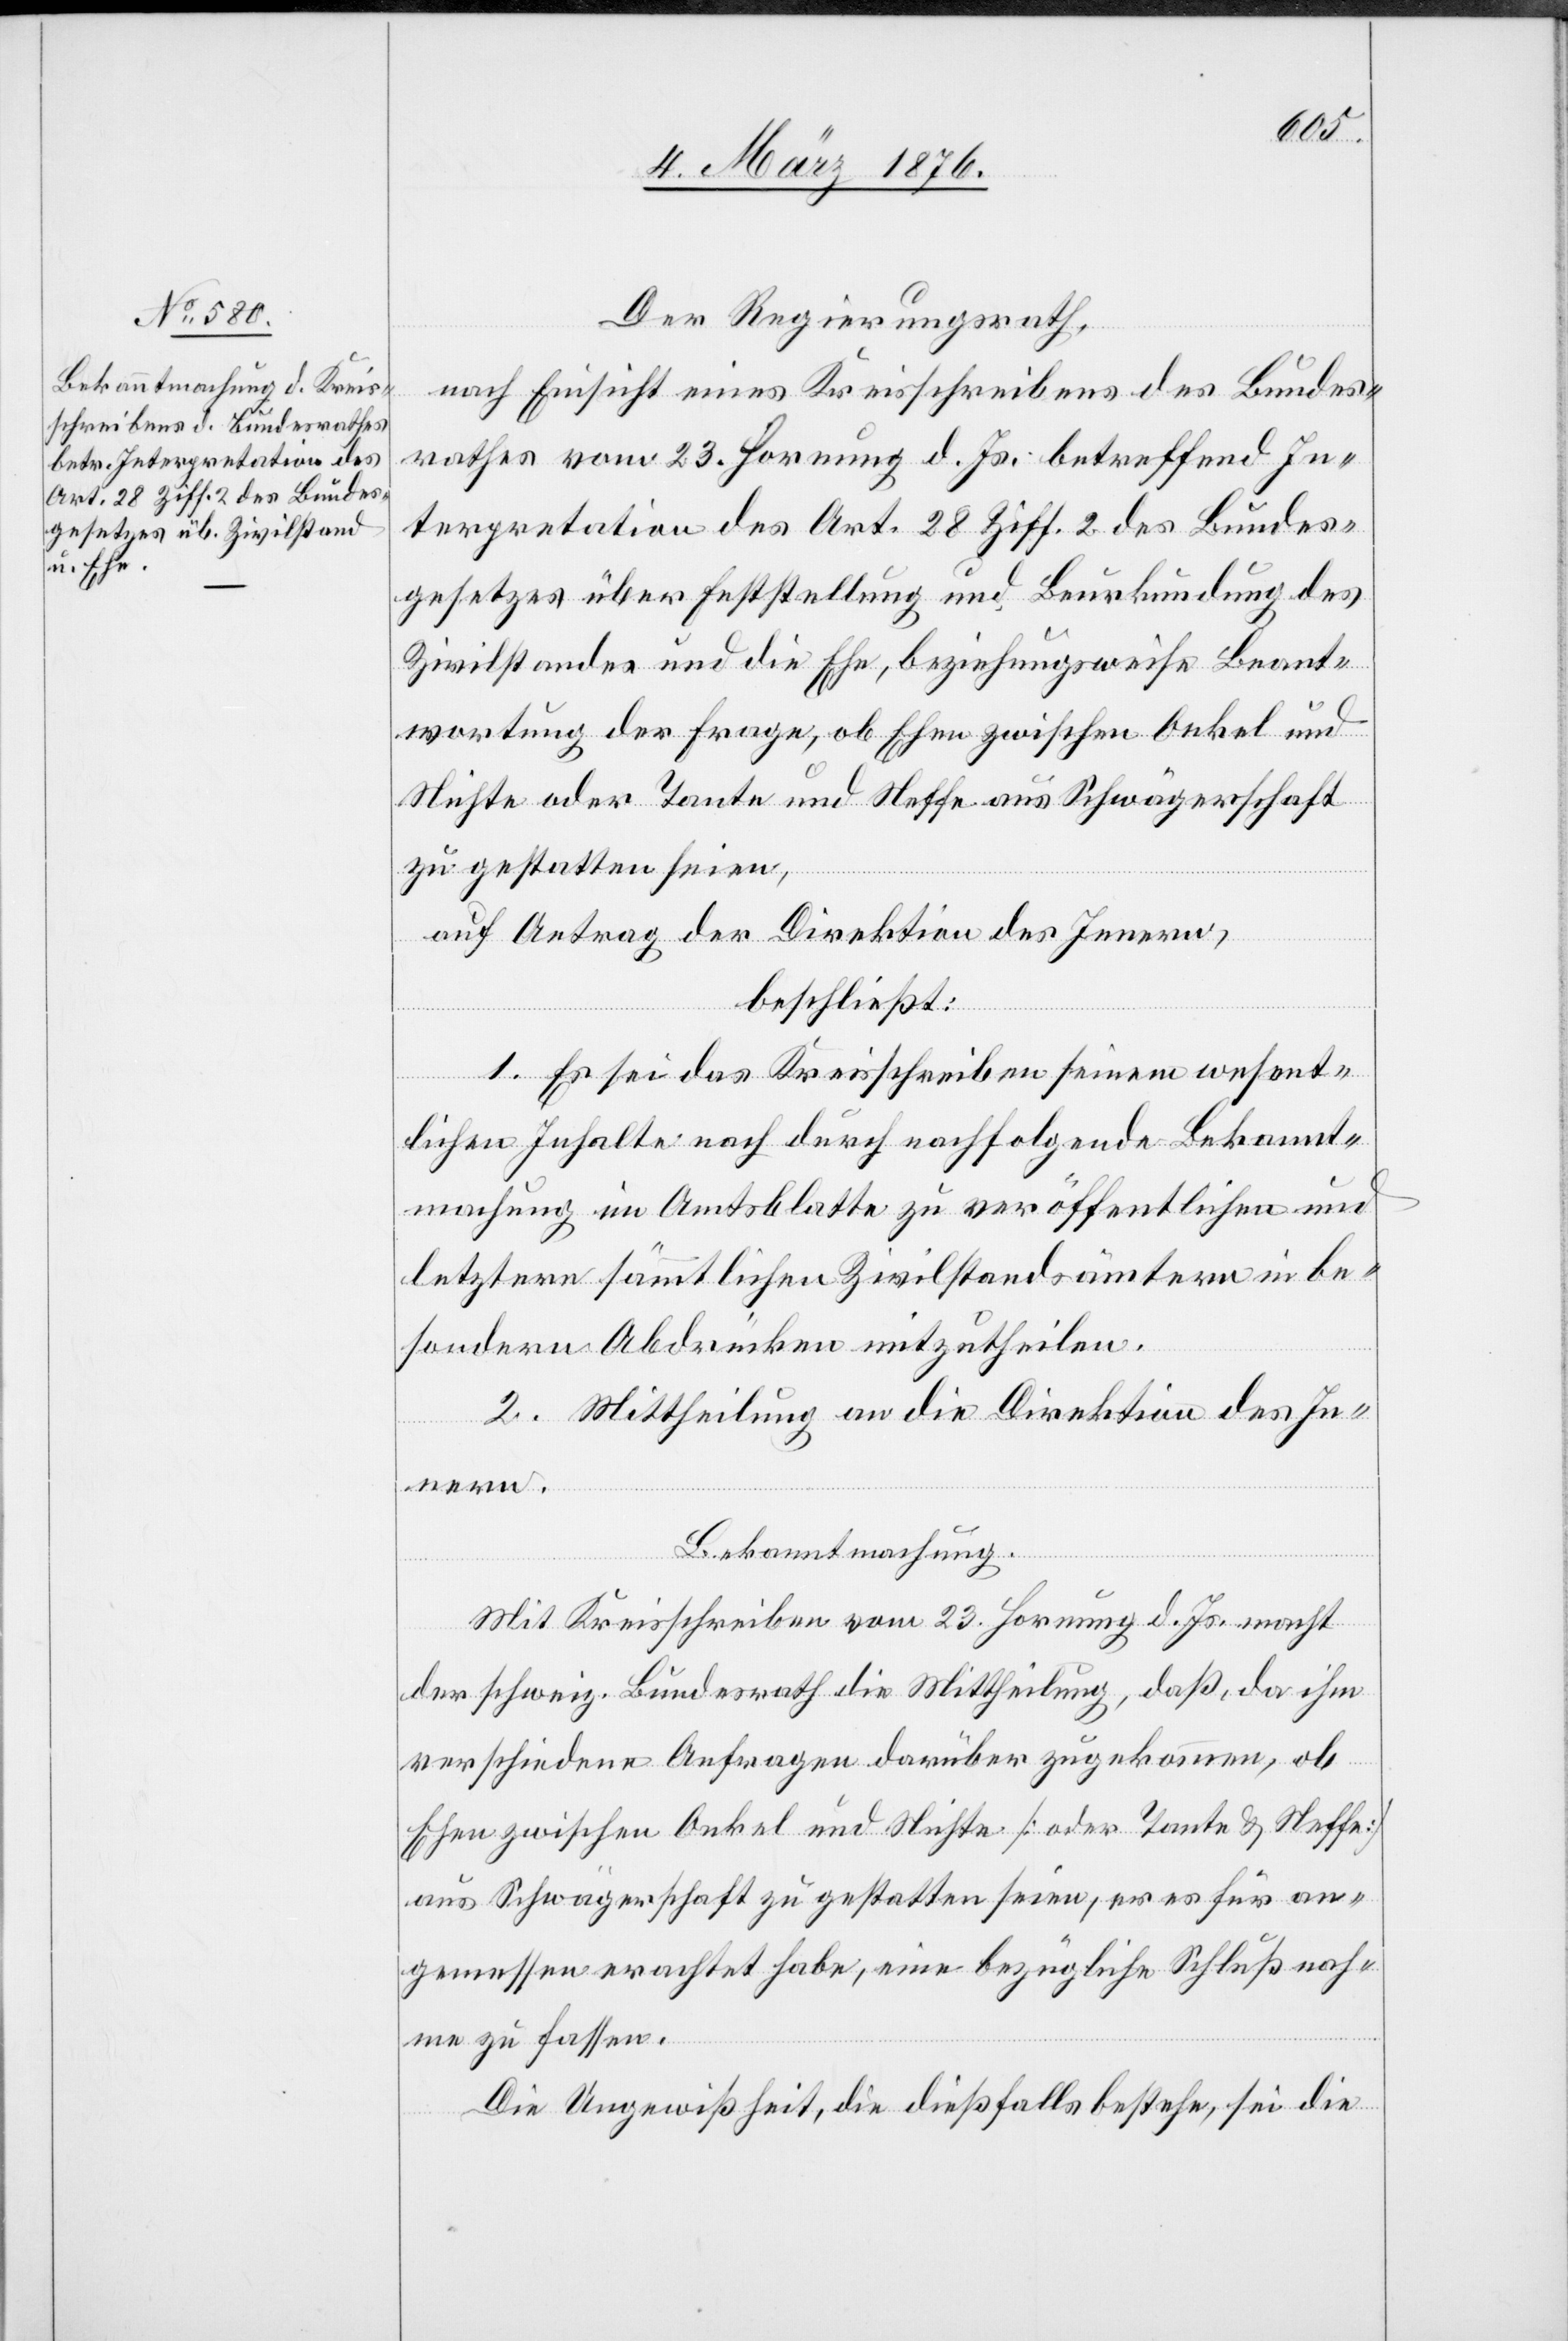
Der Regierungsrath,
nach Einsicht eines Kreisschreibens des Bundes¬
rathes vom 23. Hornung d. Js. betreffend In¬
terpretation des Art. 28 Ziff. 2 des Bundes¬
gesetzes über Feststellung und Beurkundung des
Zivilstandes und die Ehe, beziehungsweise Beant¬
wortung der Frage, ob Ehe zwischen Onkel und
Nichte oder Tante und Neffe aus Schwägerschaft
zu gestatten seien,
auf Antrag der Direktion des Innern,
beschließt:
1. Es sei das Kreisschreiben seinem wesent¬
lichen Inhalte nach durch nachfolgende Bekannt¬
machung im Amtsblatte zu veröffentlichen und
letztere sämmtlichen Zivilstandsämtern in be¬
sondern Abdrücken mitzutheilen.
2. Mittheilung an die Direktion des In¬
nern.
Bekanntmachung.
Mit Kreisschreiben vom 23. Hornung d. Js. macht
der schweiz. Bundesrath die Mittheilung, daß, da ihm
verschiedene Anfragen darüber zugekommen, ob
Ehen zwischen Onkel und Nichte [oder Tante & Neffe]
aus Schwägerschaft zu gestatten seien, er es für an¬
gemessen erachtet habe, eine bezügliche Schlußnah¬
me zu fassen.
Die Ungewißheit, die dießfalls bestehe, sei die